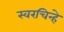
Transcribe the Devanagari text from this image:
स्वरचिन्हे